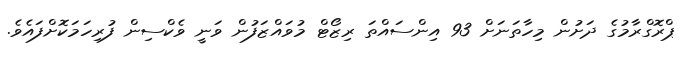
ޕްރޮގްރާމުގެ ދަށުން މިހާތަނަށް 93 އިންސައްތަ ރިޒޯޓް މުވައްޒަފުން ވަނީ ވެކްސިން ފުރިހަމަކޮށްފައެވެ.